King Institute of Preventive Medicine Micro-Biological Section reports 1909-11
Year: 1909
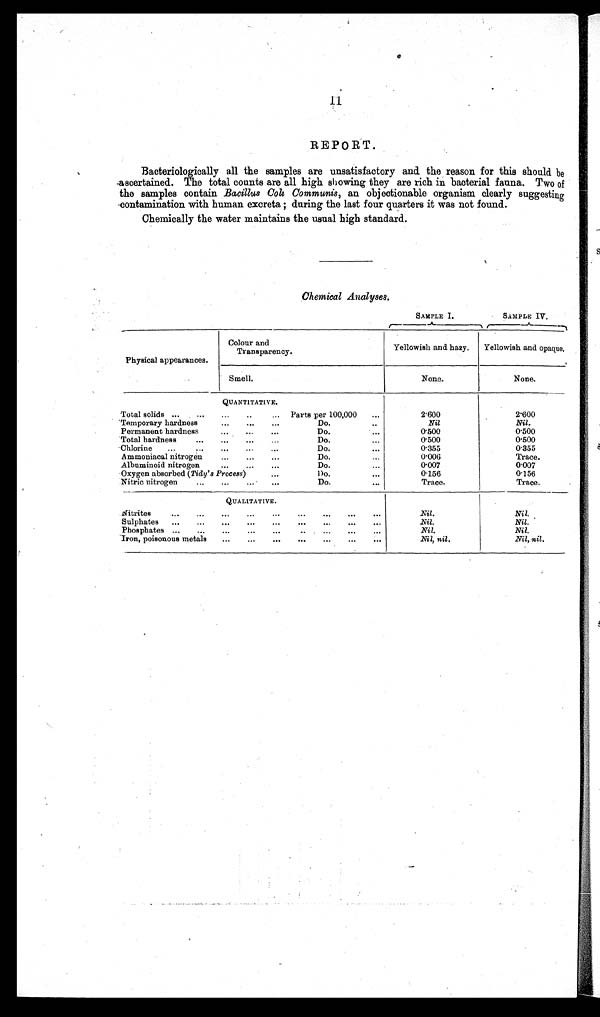
11
REPORT.
Bacteriologically all the samples are unsatisfactory and the reason for this should be
ascertained. The total counts are all high showing they are rich in bacterial fauna. Two of
the samples contain Bacillus Coli Commumis, an objectionable organism clearly suggesting
contamination with human excreta ; during the last four quarters it was not found.
Chemically the water maintains the usual high standard.
Chemical Analyses.
SAMPLE I.
SAMPLE IV.
Physical appearances.
Colour and
Transparency.
Yellowish and hazy. Yellowish and opaque.
Smell.
None.
None.
QUANTITATIVE.
Total solids ... ...
... ...
...
Parts per 100,000 ...
2.600
2.600
Temporary hardness
... ...
...
Do. ... ... Nil
Nil .
Permanent hardness
... ...
...
Do. ... ... 0.500
0.500
Total hardness
... ... ... ...
Do. ... ...
0.500
0.500
Chlorine ...
... ... ...
...
Do. ... ...
0.355
0.355
Ammoniacal nitrogen
...
... ...
Do. ... ...
0.006
Trace.
Albuminoid nitrogen
...
... ...
Do. ... ... 0.007
0.007
Oxygen absorbed ( Tidy' s Process)
...
Do. ... ...
0.156
0.156
Nitric nitrogen
... ... ... ...
Do. ... ...
Trace.
Trace.
QUALITATIVE.
Nitrites
......... ......... ...
Nil.
Nil.
Sulphates ... ... ... ... ...
... ... ... ...
Nil.
Nil.
Phosphates ... ... ...
... ...
... ... ...
...
Nil.
Nil.
Iron, poisonous metals ...
...
... ... ... ...
...
Nil, nil.
Nil, nil.